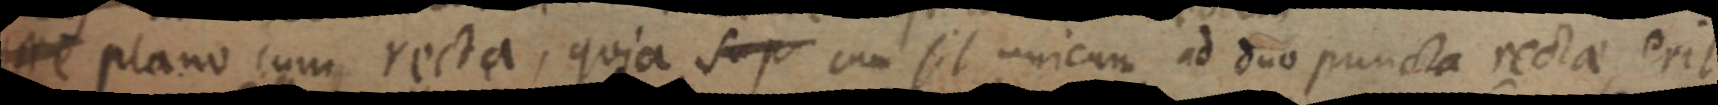
esse plano cum recta, quia sup cum sit unicum ad duo puncta recta erit